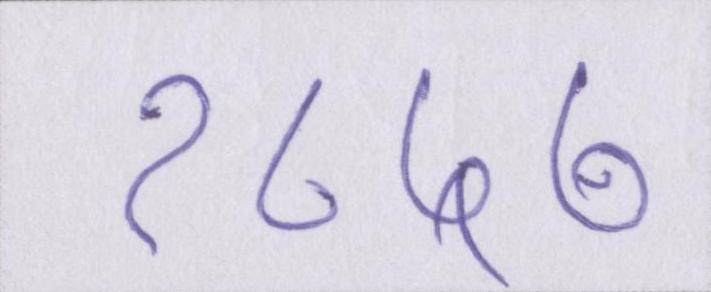
१८५७